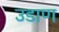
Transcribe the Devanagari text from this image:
उडाण